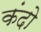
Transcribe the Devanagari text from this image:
कंदो